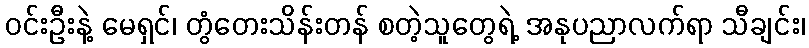
ဝင်းဦးနဲ့ မေရှင်၊ တွံတေးသိန်းတန် စတဲ့သူတွေရဲ့ အနုပညာလက်ရာ သီချင်း၊